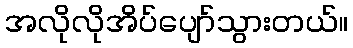
အလိုလိုအိပ်ပျော်သွားတယ်။